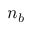
n _ { b }